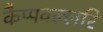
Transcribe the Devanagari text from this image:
कैप्पवल्लरि